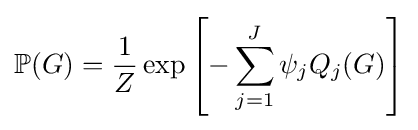
\mathbb {P} (G)={\frac {1}{Z}}\exp \left[-\sum _{j=1}^{J}\psi _{j}Q_{j}(G)\right]